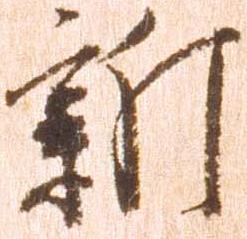
新